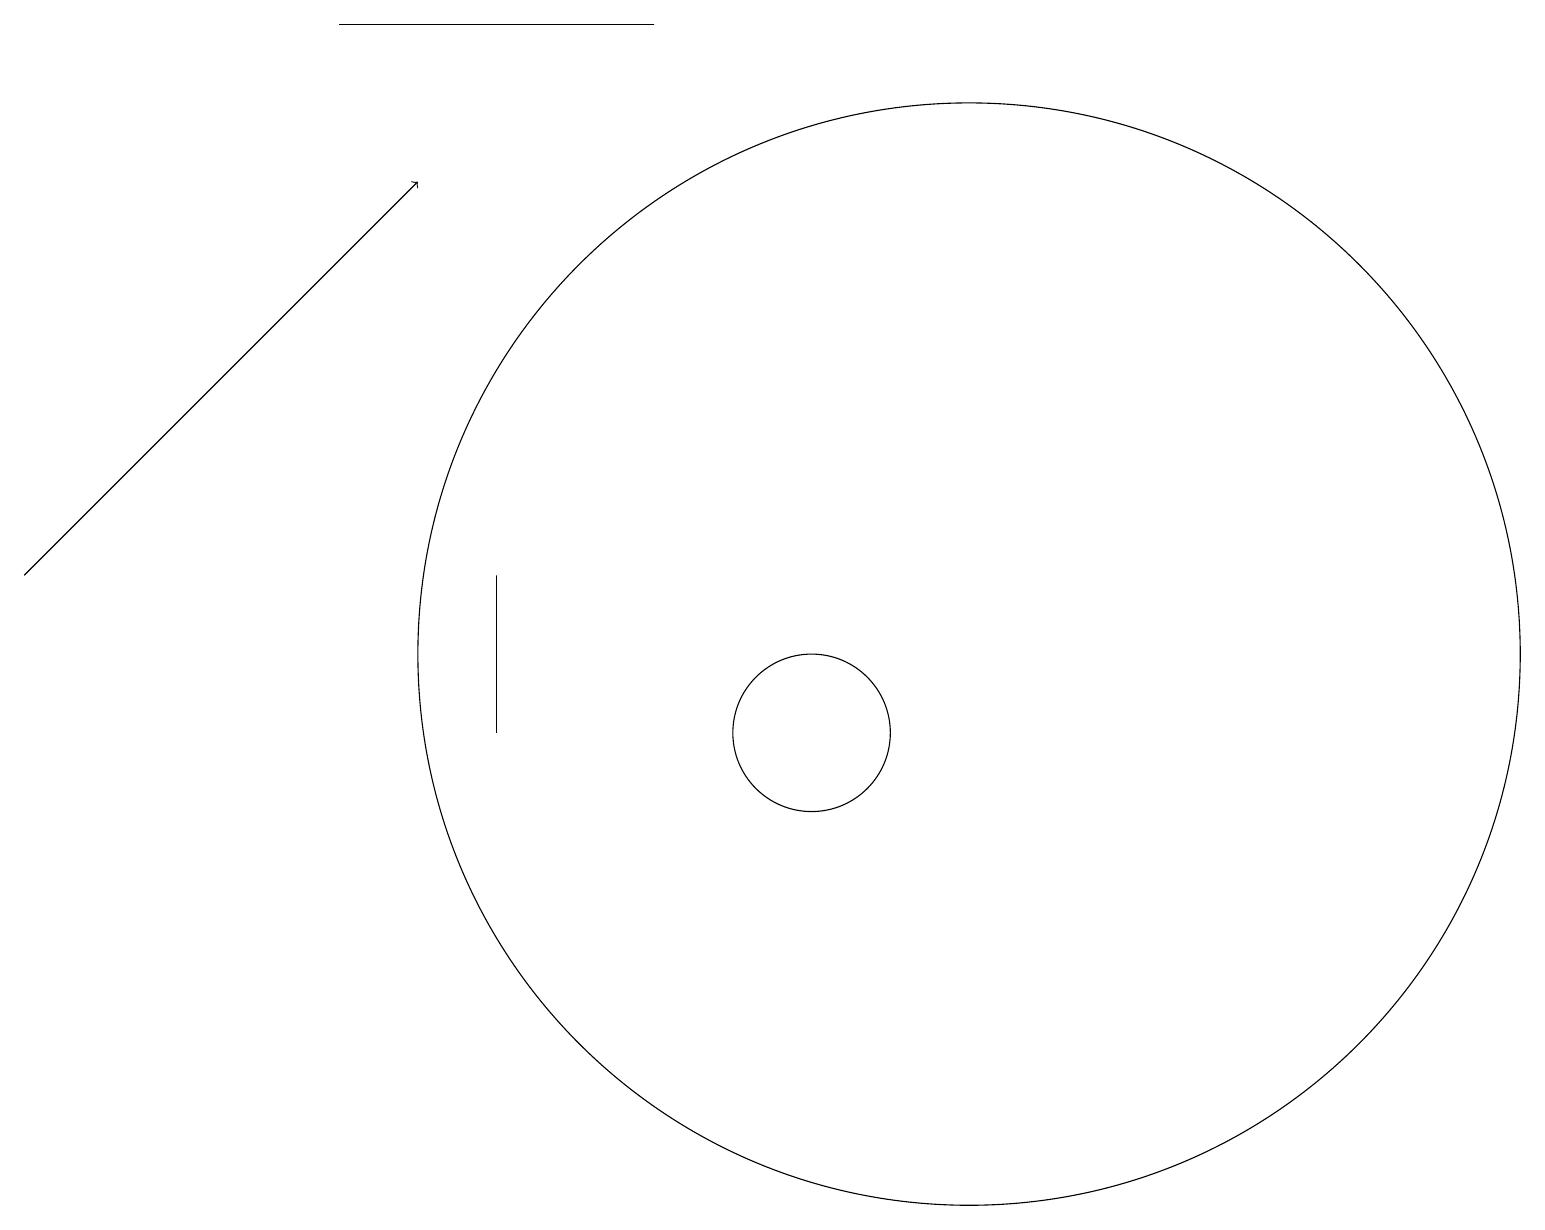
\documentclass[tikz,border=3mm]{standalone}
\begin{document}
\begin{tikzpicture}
\draw (12,11) circle (7);
\draw (10,10) circle (1);
\draw (4,19) rectangle (8,19);
\draw[->] (0,12) -- (5,17);
\draw (6,12) rectangle (6,10);
\draw (10,10) circle (0);
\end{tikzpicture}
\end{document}